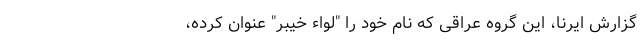
گزارش ایرنا، این گروه عراقی که نام خود را "لواء خیبر" عنوان کرده،